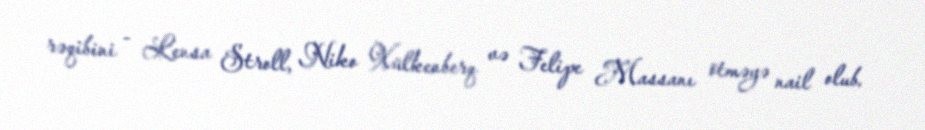
rəqibini - Lensa Stroll, Niko Xülkenberq və Felipe Massanı ötməyə nail olub.